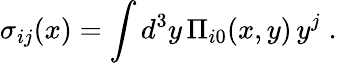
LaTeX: \sigma_{ij}(x)=\int d^{3}y\, \Pi_{i0}(x,y)\, y^{j}\; .